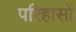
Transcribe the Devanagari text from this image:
परिहासों